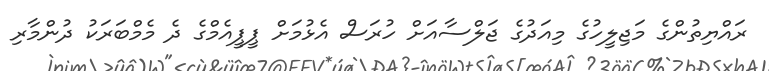
ރައްޔިތުންގެ މަޖިލީހުގެ މިއަދުގެ ޖަލްސާއަށް ހުރަސް އެޅުމަށް ޕީޕީއެމްގެ ދެ މެމްބަރަކު ދުންމާރި